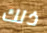
ذلك